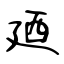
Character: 廼